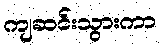
ကျဆင်းသွားကာ